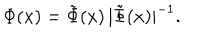
\Phi ( x ) = { \tilde { \Phi } ( x ) } \, { | \tilde { \Phi } ( x ) | ^ { - 1 } } .